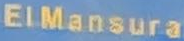
ElMansura